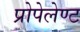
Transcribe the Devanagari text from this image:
प्रोपेलेण्ट